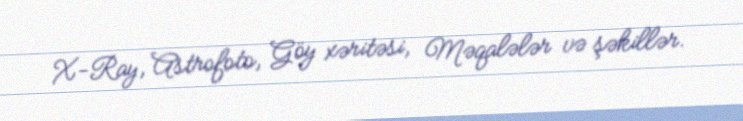
X-Ray, Astrofoto, Göy xəritəsi, Məqalələr və şəkillər.